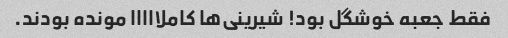
فقط جعبه خوشگل بود! شیرینی‌ها کاملااااا مونده بودند.